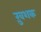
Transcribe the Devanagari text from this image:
ख़ुशक